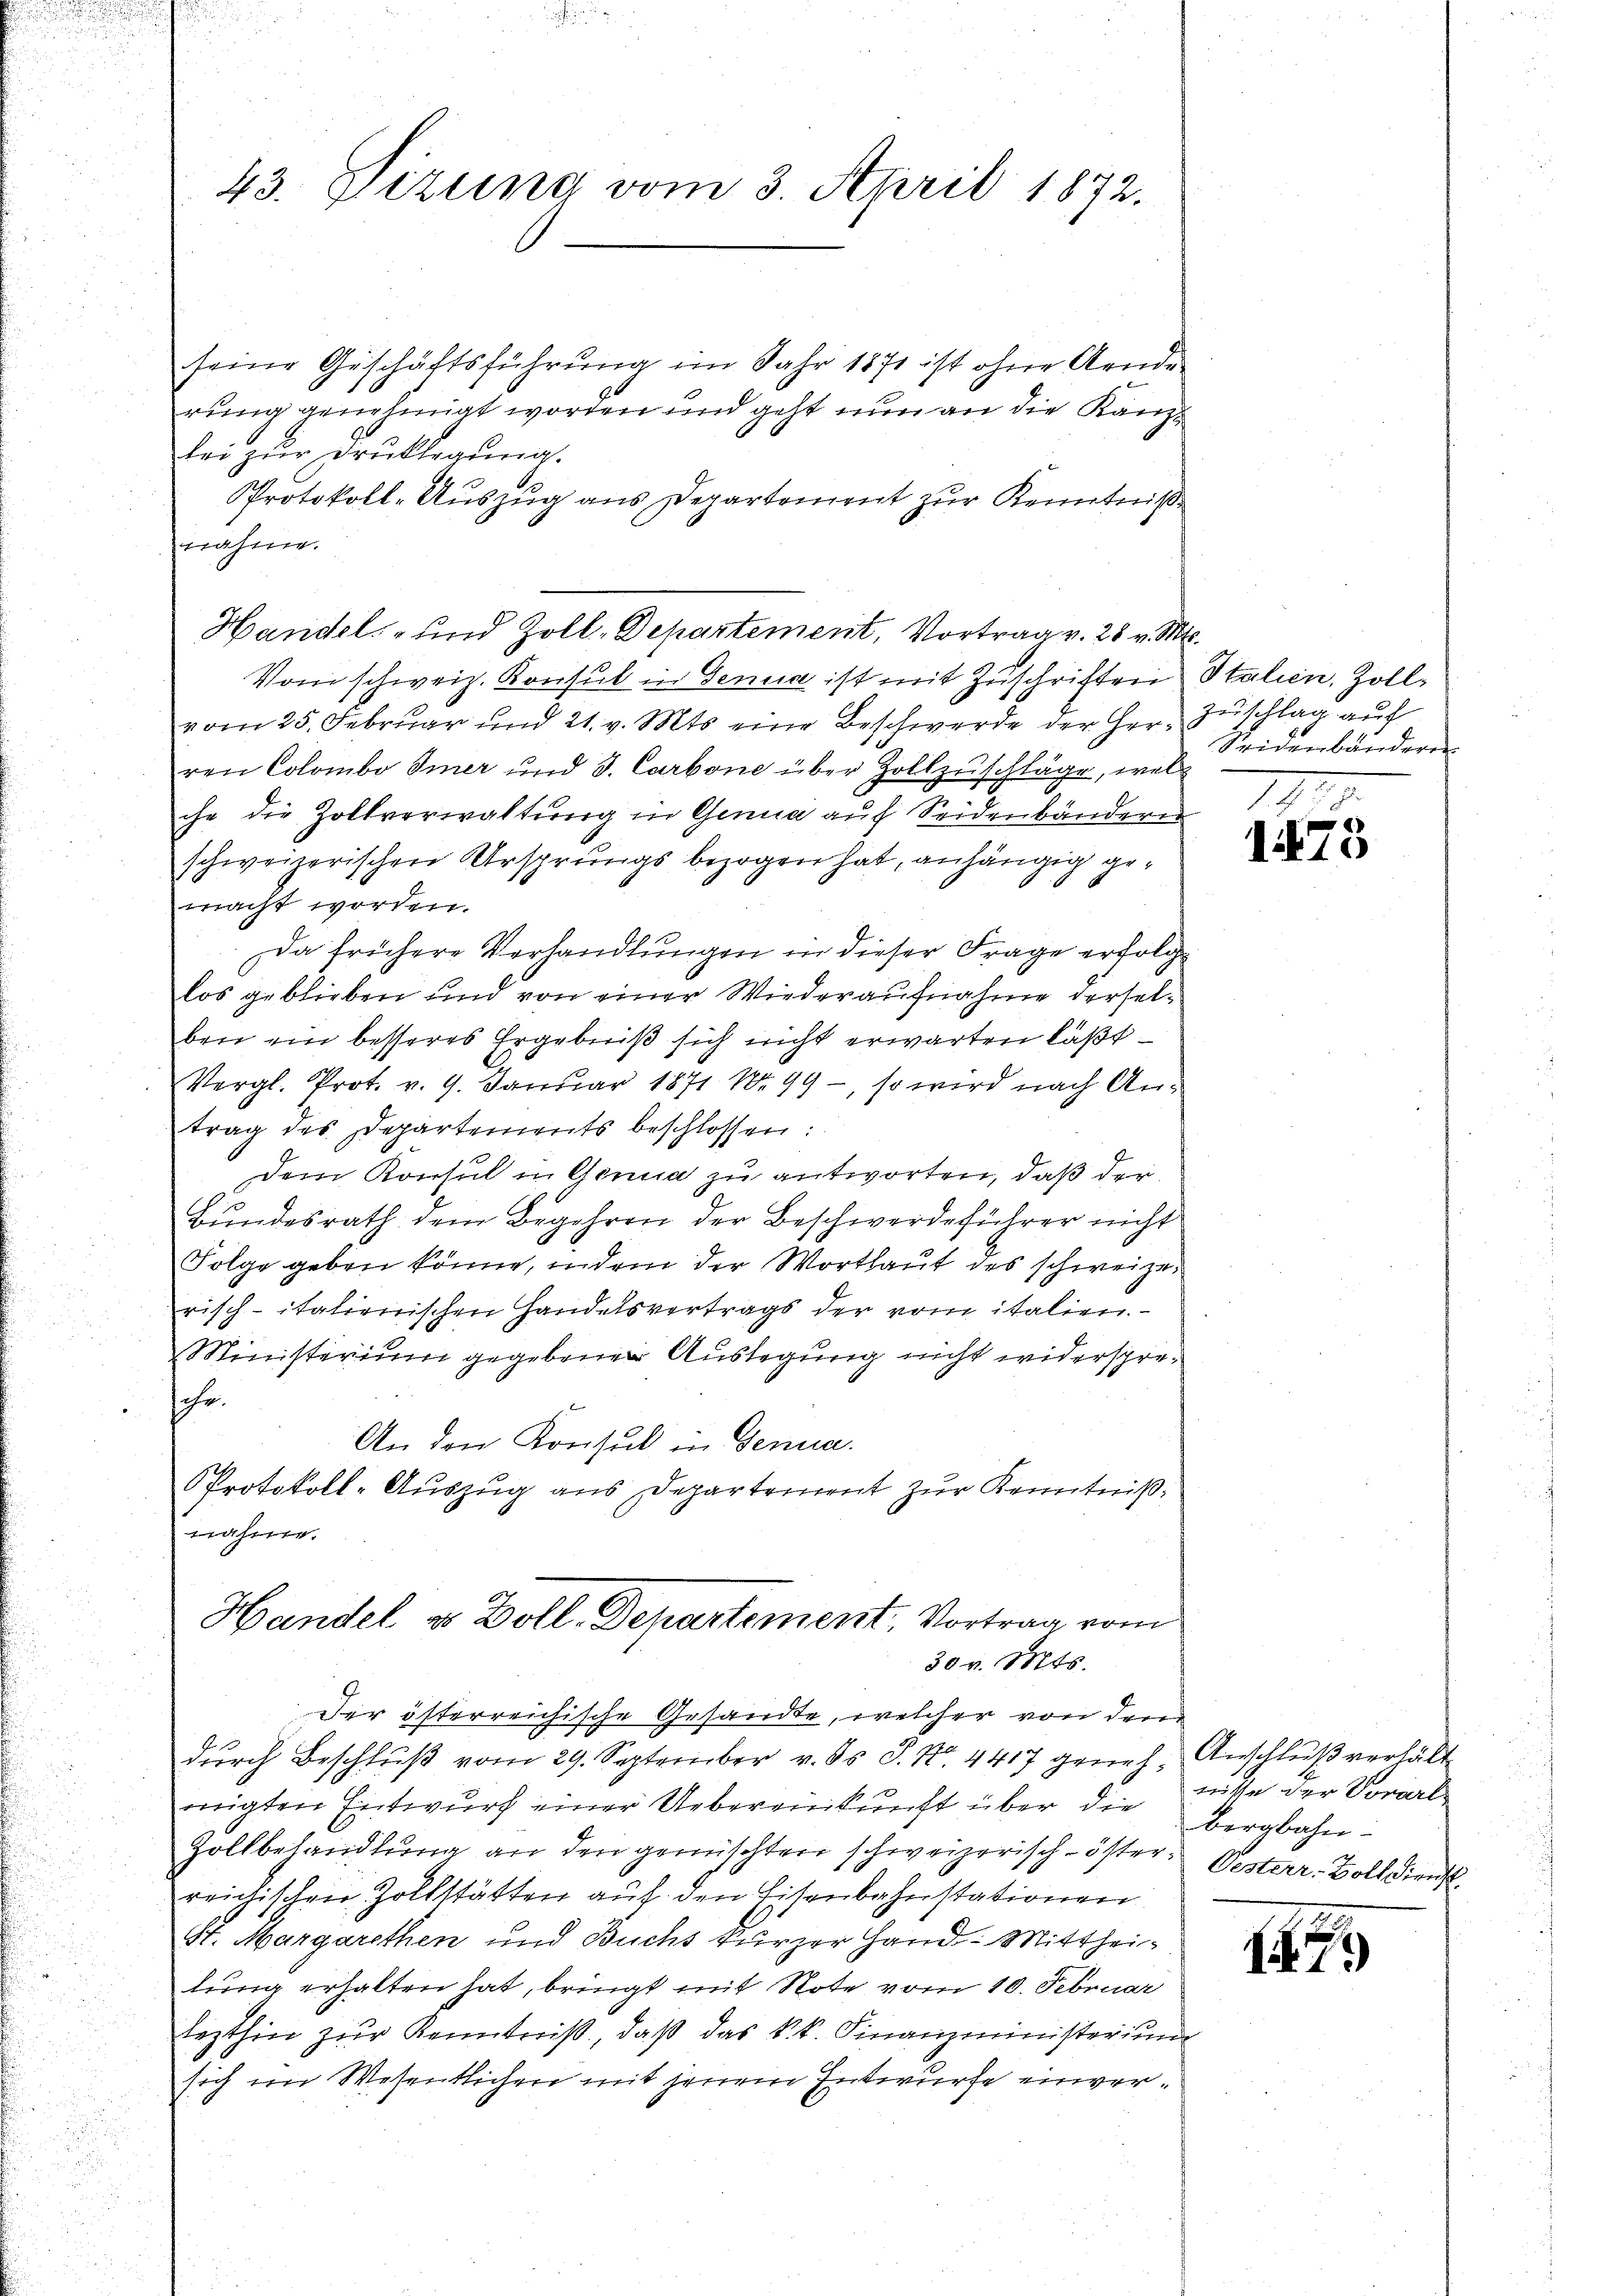
43. Sizung vom 3. April 1872.

seine Geschäftsführung im Jahr 1871 ist ohne Aende
rung genehmigt worden und geht nun an die Kanzl
bei zur Drucklegung.
Protokoll-Auszug aus Departement zur Kenntniß
nahme.
Vom schweiz. Konsul in Genua ist mit Zuschriften Italien, Zollvom 25. Februar und 21. v. Mts. eine Beschwerde der Herr Zuschlag auch
ren Colombo Imer und J. Carbone über Zollzuschläge, welche die Zollverwaltung in Genua auf Seidenbändern
schweizerischen Ursprungs bezogen hat, anhängig gemacht worden.
Da frühere Verhandlungen in dieser Frage erfolge
los geblieben und von einer Wiederaufnahme derselben ein besseres Ergebniß sich nicht erwarten läßt
Vergl. Prot. v. 9. Januar 1871 Nr. 99 -, so wird nach Antrag des Departements beschlossen:
dem Konsul in Genia zu antworten, daß der
Bundesrath dem Begehren der Beschwerdeführer nicht
Folge geben könne, indem der Wortlaut des schweize
risch-italienischen Handelsvertrags der vom italien¬
Ministerium gegebener Auslegung nicht widerspreche.
An den Konsul in Genua
PProtokoll-Auszug aus Departement zur Kenntnißnahme

Handel- und Zoll-Departement, Vortrag v. 28 v. Mts.

Handel u Doll. Departement, Vortrag vom
30 v. Mts.
Der österreichische Gesandte, welcher von den

durch Beschluß vom 29. September v. ds. S. Nr. 4417 geneh-Anschluß verhält
migten Entwŭrf einer Uebereinkunft über die Bergbahn¬
Zollbehandlung an den gemischten schweizerisch-öster. Oesterr. Boll dienst
reichischen Zollstätten auf den Eisenbahnstationen
St. Margarethen und Buchs kurzer Hand-Mittheilung erhalten hat, bringt mit Note vom 10. Februar
lezthin zur Kenntniß, daß das k.k. Finanzministerium
sich im Wesentlichen mit jenem Entwurfe einver¬

Seidenbänderen

IIII.
1473

nisse der Vorarl